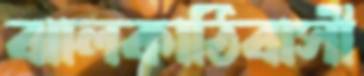
ঝালকাঠিবাসী